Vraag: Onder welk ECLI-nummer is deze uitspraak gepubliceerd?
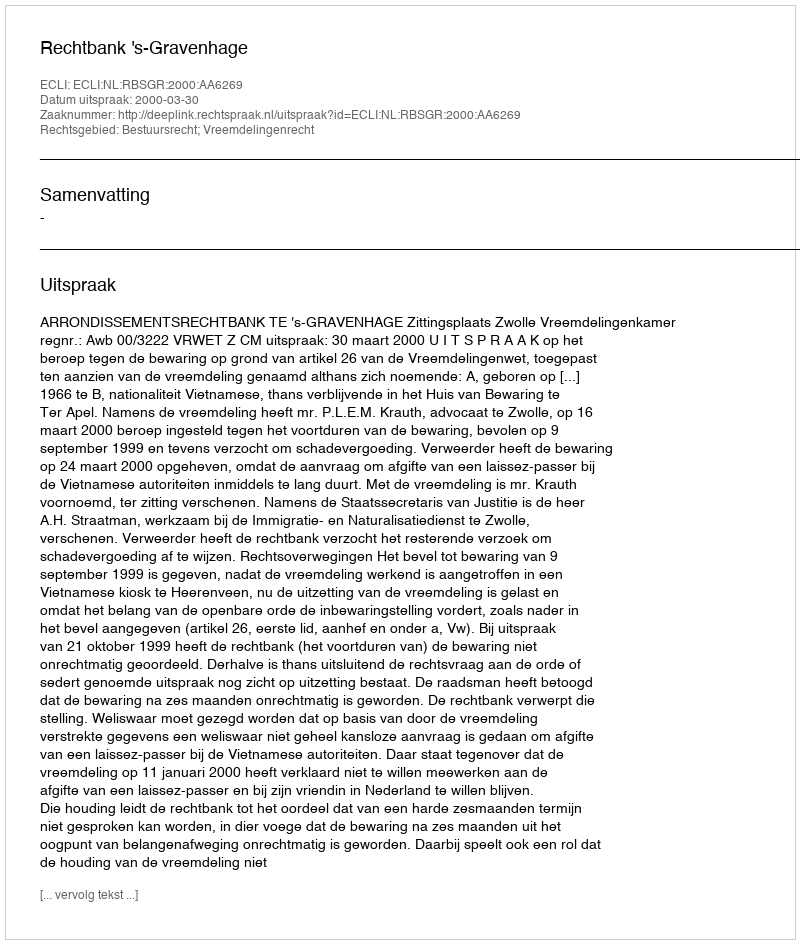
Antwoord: ECLI:NL:RBSGR:2000:AA6269